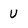
Character: U